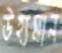
উহ্যমান